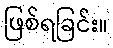
ဖြစ်ရခြင်း။